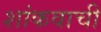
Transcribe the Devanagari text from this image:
शांकवाची